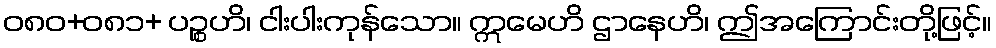
ဝ၈၀+၀၈၁+ ပဉ္စဟိ၊ ငါးပါးကုန်သော။ ဣမေဟိ ဌာနေဟိ၊ ဤအကြောင်းတို့ဖြင့်။